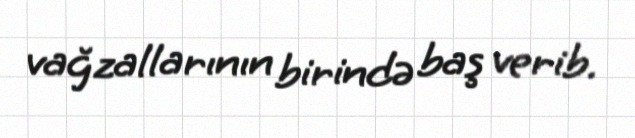
vağzallarının birində baş verib.